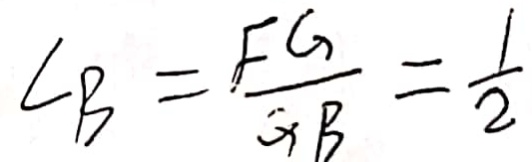
\angle B = \frac { F G } { G B } = \frac { 1 } { 2 }